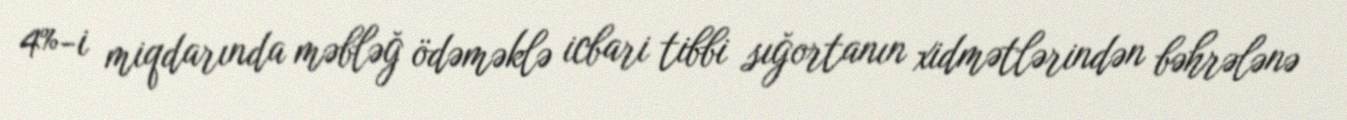
4%-i miqdarında məbləğ ödəməklə icbari tibbi sığortanın xidmətlərindən bəhrələnə